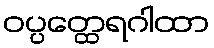
ဝပ္ပတ္ထေရဂါထာ